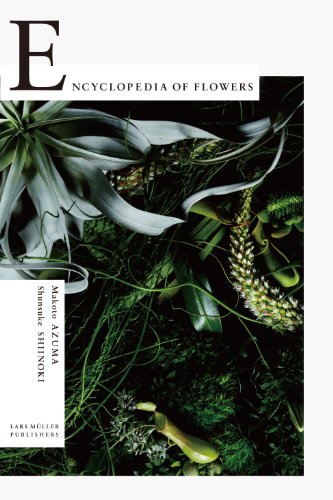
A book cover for Encyclopedia of Flowers: Flower Works by Makoto Azuma photographed by Shunsuke Shiinoki; Reference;